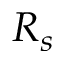
R _ { s }